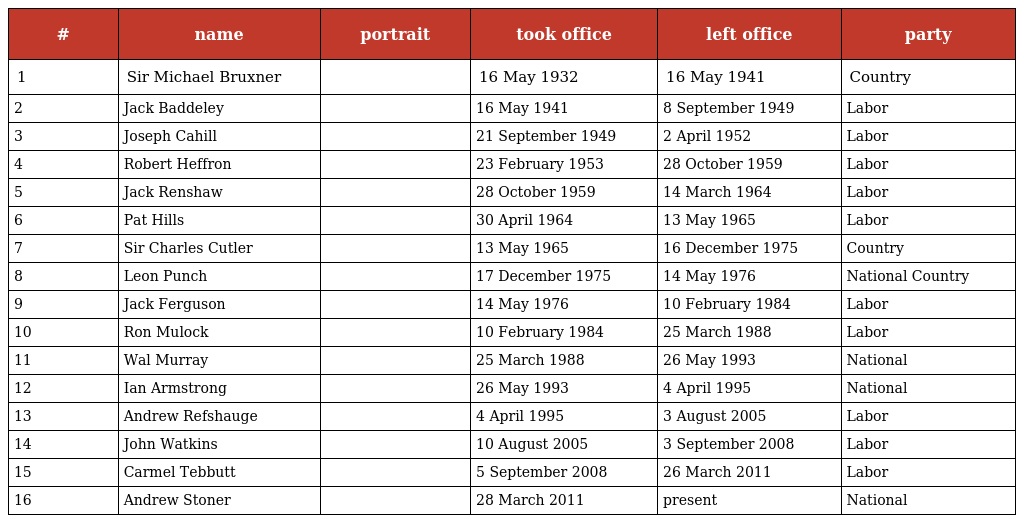
| # | name | portrait | took office | left office | party |
 | --- | --- | --- | --- | --- | --- |
 | 1 | Sir Michael Bruxner |  | 16 May 1932 | 16 May 1941 | Country |
 | 2 | Jack Baddeley |  | 16 May 1941 | 8 September 1949 | Labor |
 | 3 | Joseph Cahill |  | 21 September 1949 | 2 April 1952 | Labor |
 | 4 | Robert Heffron |  | 23 February 1953 | 28 October 1959 | Labor |
 | 5 | Jack Renshaw |  | 28 October 1959 | 14 March 1964 | Labor |
 | 6 | Pat Hills |  | 30 April 1964 | 13 May 1965 | Labor |
 | 7 | Sir Charles Cutler |  | 13 May 1965 | 16 December 1975 | Country |
 | 8 | Leon Punch |  | 17 December 1975 | 14 May 1976 | National Country |
 | 9 | Jack Ferguson |  | 14 May 1976 | 10 February 1984 | Labor |
 | 10 | Ron Mulock |  | 10 February 1984 | 25 March 1988 | Labor |
 | 11 | Wal Murray |  | 25 March 1988 | 26 May 1993 | National |
 | 12 | Ian Armstrong |  | 26 May 1993 | 4 April 1995 | National |
 | 13 | Andrew Refshauge |  | 4 April 1995 | 3 August 2005 | Labor |
 | 14 | John Watkins |  | 10 August 2005 | 3 September 2008 | Labor |
 | 15 | Carmel Tebbutt |  | 5 September 2008 | 26 March 2011 | Labor |
 | 16 | Andrew Stoner |  | 28 March 2011 | present | National |